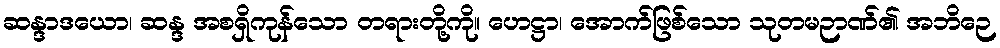
ဆန္ဒာဒယော၊ ဆန္ဒ အစရှိကုန်သော တရားတို့ကို။ ဟေဋ္ဌာ၊ အောက်ဖြစ်သော သုတမဉာဏ်၏ အဘိဉေ